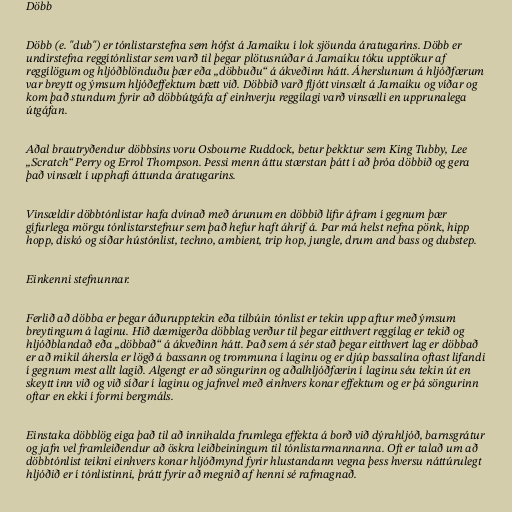
Döbb

Döbb (e. "dub") er tónlistarstefna sem hófst á Jamaíku í lok sjöunda áratugarins. Döbb er
undirstefna reggítónlistar sem varð til þegar plötusnúðar á Jamaíku tóku upptökur af
reggílögum og hljóðblönduðu þær eða „döbbuðu“ á ákveðinn hátt. Áherslunum á hljóðfærum
var breytt og ýmsum hljóðeffektum bætt við. Döbbið varð fljótt vinsælt á Jamaíku og víðar og
kom það stundum fyrir að döbbútgáfa af einhverju reggílagi varð vinsælli en upprunalega
útgáfan.

Aðal brautryðendur döbbsins voru Osbourne Ruddock, betur þekktur sem King Tubby, Lee
„Scratch“ Perry og Errol Thompson. Þessi menn áttu stærstan þátt í að þróa döbbið og gera
það vinsælt í upphafi áttunda áratugarins.

Vinsældir döbbtónlistar hafa dvínað með árunum en döbbið lifir áfram í gegnum þær
gífurlega mörgu tónlistarstefnur sem það hefur haft áhrif á. Þar má helst nefna pönk, hipp
hopp, diskó og síðar hústónlist, techno, ambient, trip hop, jungle, drum and bass og dubstep.

Einkenni stefnunnar.

Ferlið að döbba er þegar áðurupptekin eða tilbúin tónlist er tekin upp aftur með ýmsum
breytingum á laginu. Hið dæmigerða döbblag verður til þegar eitthvert reggílag er tekið og
hljóðblandað eða „döbbað“ á ákveðinn hátt. Það sem á sér stað þegar eitthvert lag er döbbað
er að mikil áhersla er lögð á bassann og trommuna í laginu og er djúp bassalína oftast lifandi
í gegnum mest allt lagið. Algengt er að söngurinn og aðalhljóðfærin í laginu séu tekin út en
skeytt inn við og við síðar í laginu og jafnvel með einhvers konar effektum og er þá söngurinn
oftar en ekki í formi bergmáls.

Einstaka döbblög eiga það til að innihalda frumlega effekta á borð við dýrahljóð, barnsgrátur
og jafn vel framleiðendur að öskra leiðbeiningum til tónlistarmannanna. Oft er talað um að
döbbtónlist teikni einhvers konar hljóðmynd fyrir hlustandann vegna þess hversu náttúrulegt
hljóðið er í tónlistinni, þrátt fyrir að megnið af henni sé rafmagnað.